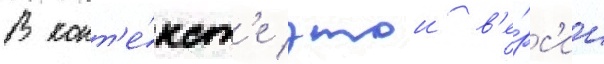
В конт'е́кст'е этои в'е́рс'ии